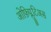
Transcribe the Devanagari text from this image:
ओफ़िप्लूटिअस